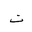
Letter: _ta